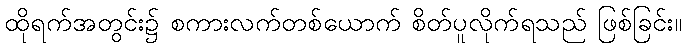
ထိုရက်အတွင်း၌ စကားလက်တစ်ယောက် စိတ်ပူလိုက်ရသည် ဖြစ်ခြင်း။